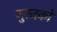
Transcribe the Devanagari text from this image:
गुरजकों